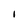
Character: I